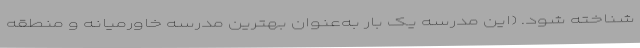
شناخته شود. (این مدرسه یک بار به‌عنوان بهترین مدرسه خاورمیانه و منطقه